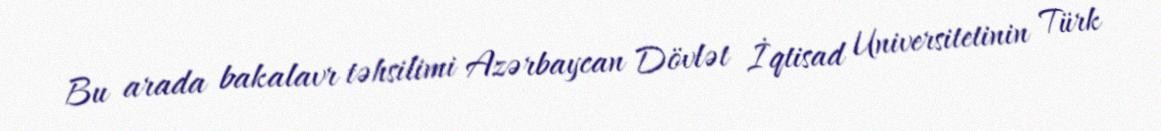
Bu arada bakalavr təhsilimi Azərbaycan Dövlət İqtisad Universitetinin Türk